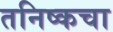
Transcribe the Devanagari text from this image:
तनिष्कचा